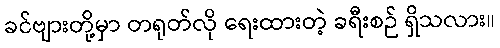
ခင်ဗျားတို့မှာ တရုတ်လို ရေးထားတဲ့ ခရီးစဉ် ရှိသလား။